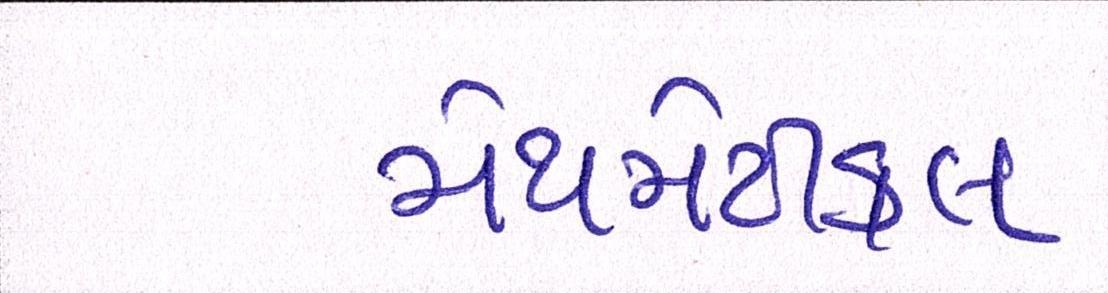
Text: મેથમેટીકલ